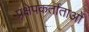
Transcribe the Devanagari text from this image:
प्रक्षेपकर्ताताओं